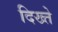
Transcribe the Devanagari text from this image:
दिख्ते